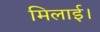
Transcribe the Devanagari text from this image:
मिलाई।